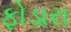
ફોડારા